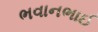
ભવાનભાઈ